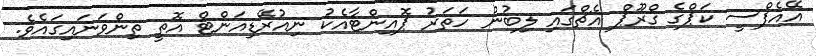
އޭއެފްސީ ކަޕްގެ ގްރޫޕް އެޗްގައި ލިބުނު ހަތަރު ޕޮއިންޓާއެކު ނިއުރޭޑިއަންޓް އޮތީ ތިންވަނައިގައެވެ.